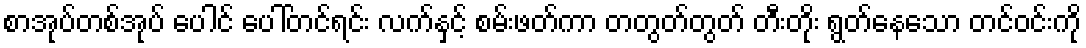
စာအုပ်တစ်အုပ် ပေါင် ပေါ်တင်ရင်း လက်နှင့် စမ်းဖတ်ကာ တတွတ်တွတ် တီးတိုး ရွတ်နေသော တင်ဝင်းကို